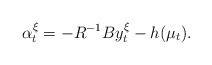
\begin{align*}\alpha_t^{\xi}=-R^{-1}By_t^{\xi}-h(\mu_t).\end{align*}